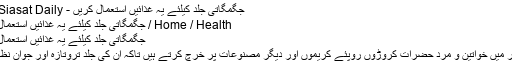
جگمگاتی جلد کیلئے یہ غذائیں استعمال کریں - The Siasat Daily
Home / Health / جگمگاتی جلد کیلئے یہ غذائیں استعمال کریں
جگمگاتی جلد کیلئے یہ غذائیں استعمال کریں
دنیا بھر میں خواتین و مرد حضرات کروڑوں روپئے کریموں اور دیگر مصنوعات پر خرچ کرتے ہیں تاکہ ان کی جلد تروتازہ اور جوان نظر آئے۔